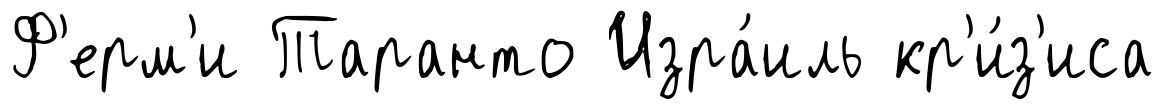
Ф'ерм'и Таранто Изра́иль кр'и́з'иса